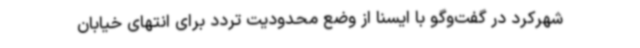
شهرکرد در گفت‌وگو با ایسنا از وضع محدودیت تردد برای انتهای خیابان